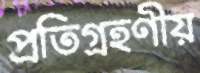
প্রতিগ্রহণীয়